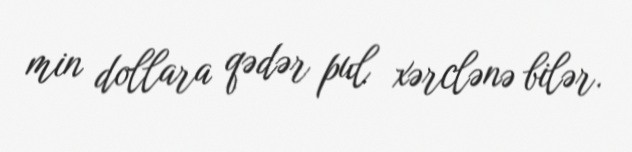
min dollara qədər pul xərclənə bilər.